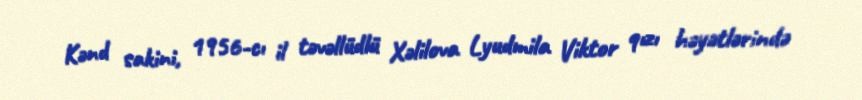
Kənd sakini, 1956-cı il təvəllüdlü Xəlilova Lyudmila Viktor qızı həyətlərində